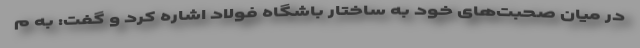
در میان صحبت‌های خود به ساختار باشگاه فولاد اشاره کرد و گفت: به م